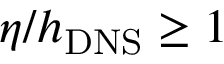
\eta / { h _ { \mathrm { { D N S } } } } \ge 1